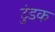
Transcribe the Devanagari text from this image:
टुंडक